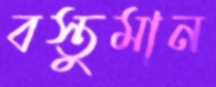
বস্তুমান